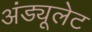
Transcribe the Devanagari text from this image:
अंड्यूलेट